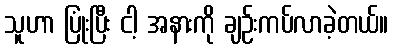
သူဟာ ပြုံးပြီး ငါ့ အနားကို ချဉ်းကပ်လာခဲ့တယ်။